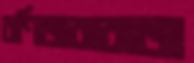
বণিজবাবাজ